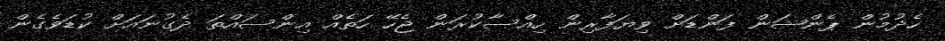
ހެދުމުން ޕެންޝަން ފަންޑަށް ވިޔަފާރިން ހިއްސާކުރަން ޖެހޭ ހަތެއް އިންސައްތަ ދެގުނައަށް ކުޑަވެގެން